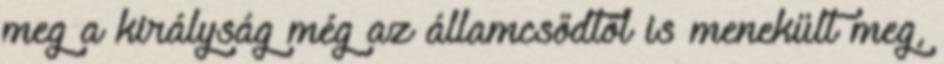
meg a királyság még az államcsődtől is menekült meg,